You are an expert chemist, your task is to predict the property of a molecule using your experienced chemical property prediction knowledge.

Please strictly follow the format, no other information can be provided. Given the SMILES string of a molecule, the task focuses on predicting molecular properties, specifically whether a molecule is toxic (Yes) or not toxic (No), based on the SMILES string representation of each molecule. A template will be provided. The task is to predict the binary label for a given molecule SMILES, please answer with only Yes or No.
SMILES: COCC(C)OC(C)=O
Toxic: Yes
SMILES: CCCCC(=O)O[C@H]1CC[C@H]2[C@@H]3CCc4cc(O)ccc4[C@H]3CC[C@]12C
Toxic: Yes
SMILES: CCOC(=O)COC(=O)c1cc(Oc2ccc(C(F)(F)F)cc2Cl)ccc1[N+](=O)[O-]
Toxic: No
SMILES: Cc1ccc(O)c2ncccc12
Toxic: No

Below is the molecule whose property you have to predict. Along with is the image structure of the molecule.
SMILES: CC(C)=CCC[C@](C)(O)[C@@H]1CC=C(C)CC1
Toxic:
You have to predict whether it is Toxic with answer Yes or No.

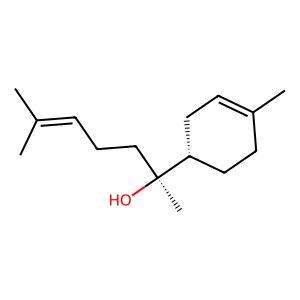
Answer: No